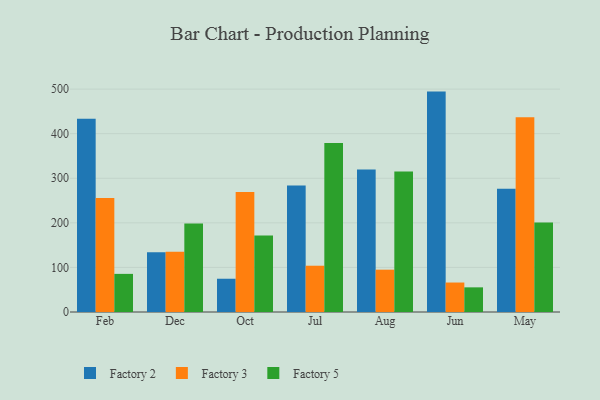
{"axis": {"x": "Month", "y": "Active Users"}, "legend": ["Factory 2", "Factory 3", "Factory 5"], "data": [{"x": "Feb", "y": 433.4, "type": "Factory 2"}, {"x": "Feb", "y": 255.5, "type": "Factory 3"}, {"x": "Feb", "y": 85.5, "type": "Factory 5"}, {"x": "Dec", "y": 133.8, "type": "Factory 2"}, {"x": "Dec", "y": 135.1, "type": "Factory 3"}, {"x": "Dec", "y": 198.6, "type": "Factory 5"}, {"x": "Oct", "y": 74.6, "type": "Factory 2"}, {"x": "Oct", "y": 269.1, "type": "Factory 3"}, {"x": "Oct", "y": 171.5, "type": "Factory 5"}, {"x": "Jul", "y": 283.6, "type": "Factory 2"}, {"x": "Jul", "y": 103.8, "type": "Factory 3"}, {"x": "Jul", "y": 378.9, "type": "Factory 5"}, {"x": "Aug", "y": 319.4, "type": "Factory 2"}, {"x": "Aug", "y": 94.9, "type": "Factory 3"}, {"x": "Aug", "y": 315.0, "type": "Factory 5"}, {"x": "Jun", "y": 494.4, "type": "Factory 2"}, {"x": "Jun", "y": 66.1, "type": "Factory 3"}, {"x": "Jun", "y": 55.3, "type": "Factory 5"}, {"x": "May", "y": 276.5, "type": "Factory 2"}, {"x": "May", "y": 436.8, "type": "Factory 3"}, {"x": "May", "y": 200.7, "type": "Factory 5"}]}